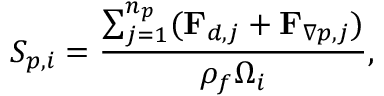
S _ { p , i } = \frac { \sum _ { j = 1 } ^ { n _ { p } } ( \mathbf { F } _ { d , j } + \mathbf { F } _ { \nabla p , j } ) } { \rho _ { f } { \Omega } _ { i } } ,